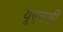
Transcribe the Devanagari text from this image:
यूएमसी